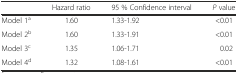
<table><thead><tr><td></td><td><b>Hazard ratio</b></td><td><b>95 % Confidence interval</b></td><td><b><i>P</i> value</b></td></tr></thead><tbody><tr><td>Model 1<sup>a</sup></td><td>1.60</td><td>1.33-1.92</td><td>&lt;0.01</td></tr><tr><td>Model 2<sup>b</sup></td><td>1.60</td><td>1.33-1.91</td><td>&lt;0.01</td></tr><tr><td>Model 3<sup>c</sup></td><td>1.35</td><td>1.06-1.71</td><td>0.02</td></tr><tr><td>Model 4<sup>d</sup></td><td>1.32</td><td>1.08-1.61</td><td>&lt;0.01</td></tr></tbody></table>